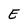
Character: E